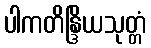
ပါကတိန္ဒြိယသုတ္တံ